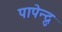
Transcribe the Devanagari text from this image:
पापेन्द्रु